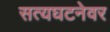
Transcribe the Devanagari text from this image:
सत्यघटनेवर